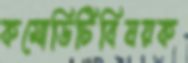
কমোডিটিবিষয়ক